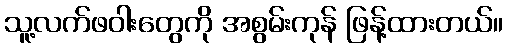
သူ့လက်ဖဝါးတွေကို အစွမ်းကုန် ဖြန့်ထားတယ်။